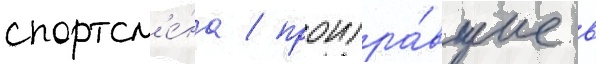
спортсм'е́на / проигра́вшие в